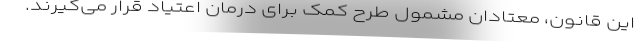
این قانون، معتادان مشمول طرح کمک برای درمان اعتیاد قرار می‌گیرند.